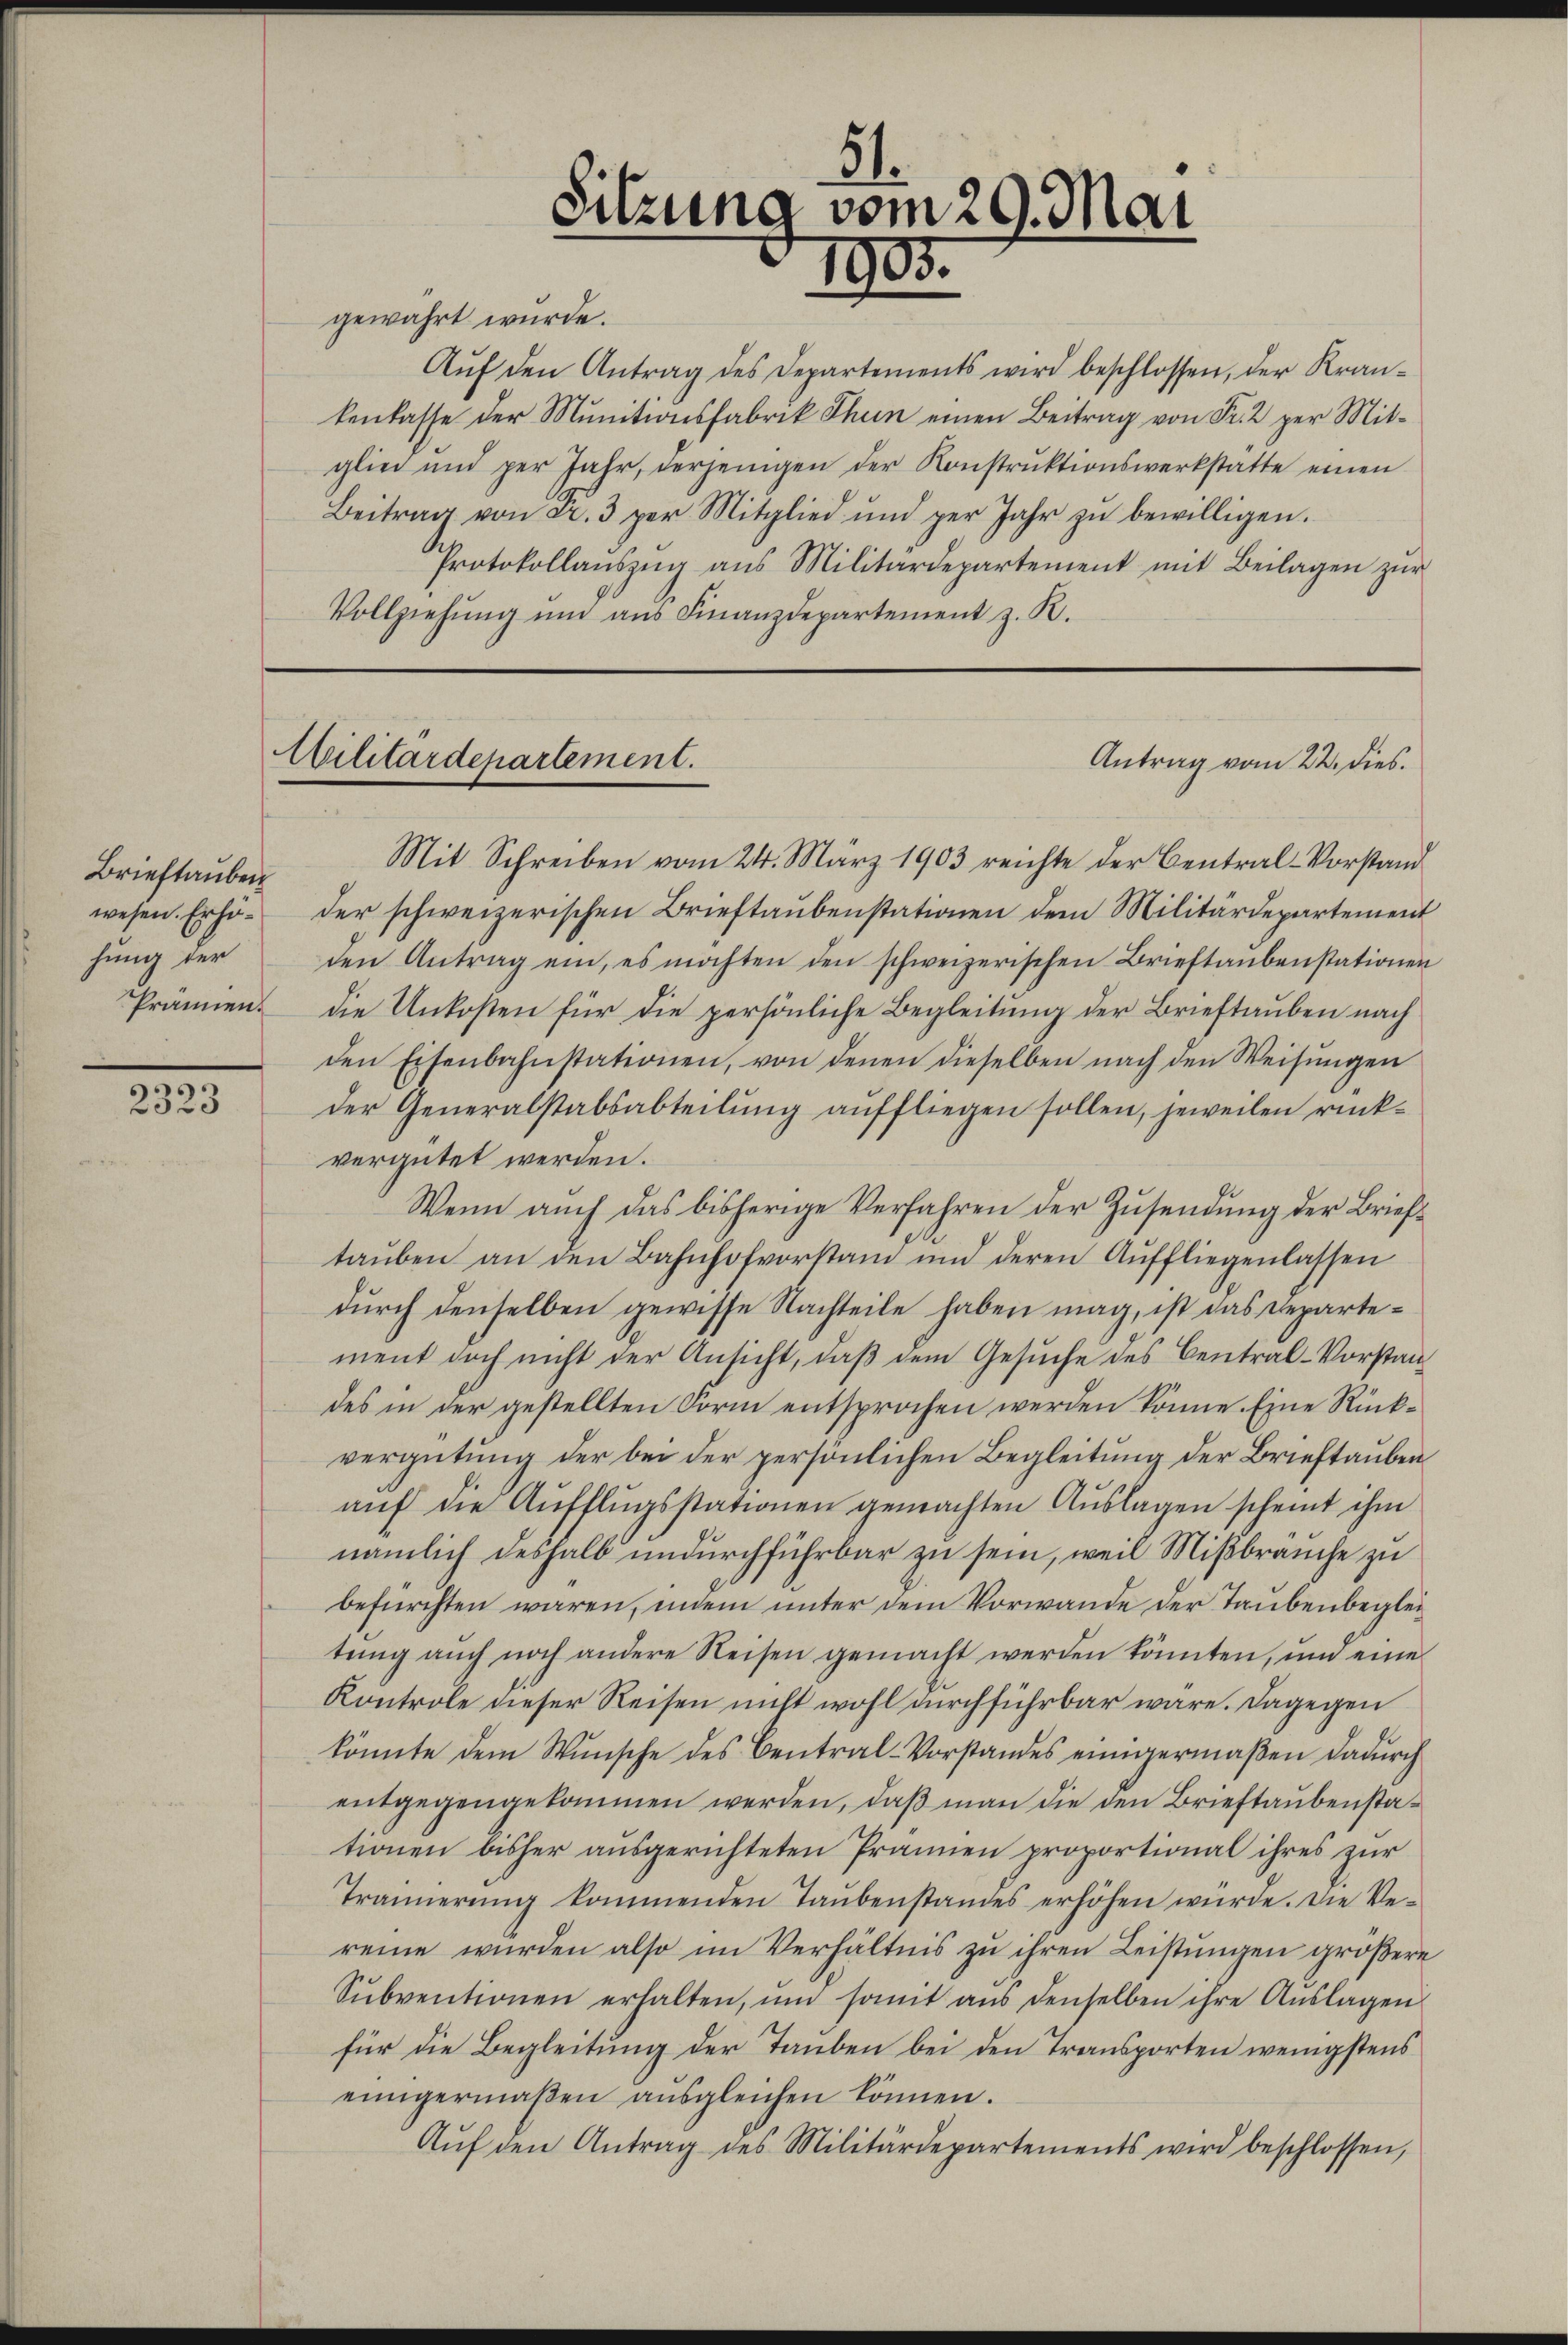
Brieftauben
wesen. Erhöhung der
Prämien.

2323

gewahrt wurde.
Aŭf den Antrag des Departements wird beschlossen, der Kran-
kenkasse der Munitionsfabrik Thun einen Beitrag von Fr. 2 per Mitglied und per Jahr, derjenigen der Konstrŭktionswerkstatte einen
Beitrag von a. 3 per Mitglied und per Jahr zŭ bewilligen.
Protokollaŭszŭg aŭs Militärdepartement mit Beilagen zŭr
Vollziehung und aus Finanzdepartement z. R.

Militärdepartement.

)
Sitzung vom 29. Mai
1905.

Antrag vom 22. dies.

Mit Schreiben vom 24. März 1903 reichte der Central-Vorstand
der schweizerischen Brieftaubenstationen dem Militärdepartement
den Antrag ein, es möchten den schweizerischen Brieftaŭbenstationen
die Unkosten für die persönliche Begleitung der Brieftauben nach
den Eisenbahnstationen, von denen dieselben nach den Weisungen
der Generalstabsabteilung auffliegen sollen, jeweilen rückvergütet werden.
Wenn auch das bisherige Verfahren der Zusendung der Brieftaŭben an den Bahnhofvorstand und deren Aŭffliegenlassen
durch denselben gewisse Nachteile haben mag, ist das Departement doch nicht der Ansicht, daß dem Gesuche des Central-Vorstandes in der gestellten Form entsprochen werden könne. Eine Rückvergütung der bei der persönlichen Begleitung der Brieftauben
aŭf die Aŭfflŭgsstationen gemachten Auslagen scheint ihm
nämlich deshalb undurchführbar zu sein, weil Mißbrauche zu
befürchten waren, indem unter dem Vorwande der Taubenbegleitung auch noch andere Reisen gemacht werden könnten, und eine
Kontrole dieser Reisen nicht wohl durchführbar wäre. Dagegen
könnte dem Wunsche des Central-Vorstandes einigermaßen dadurch
entgegengekommen werden, daß man die den Brieftaubenstationen bisher ausgerichteten Prämien proportional ihres zur
Trainerŭng kommenden Taŭbenstandes erhöhen würde. Die Ve
reine wurden also im Verhältnis zu ihren Leistungen größere
Sŭbventionen erhalten, ŭm somit aŭs denselben ihre Aŭslagen
für die Begleitung der Tauben bei den Transporten wenigstens
einigermaβen aŭsgleichen können.
Aŭf den Antrag des Militärdepartements wird beschlossen,